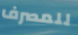
للمصرف